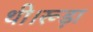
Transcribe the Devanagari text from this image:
थी।रूड़ा